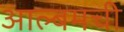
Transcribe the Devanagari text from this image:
आल्बमची